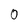
Character: 0